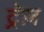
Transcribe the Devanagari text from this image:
ट्रेज़